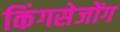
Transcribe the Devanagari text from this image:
किंगसेजोंग